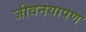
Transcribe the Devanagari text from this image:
जीवनयापण